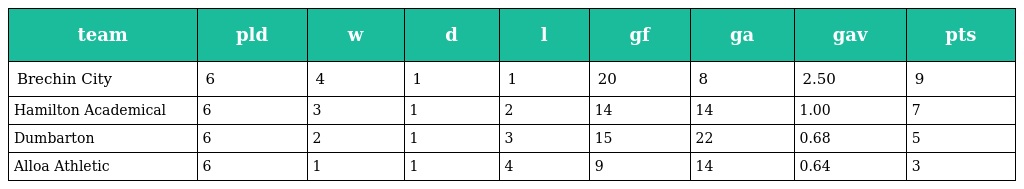
| team | pld | w | d | l | gf | ga | gav | pts |
 | --- | --- | --- | --- | --- | --- | --- | --- | --- |
 | Brechin City | 6 | 4 | 1 | 1 | 20 | 8 | 2.50 | 9 |
 | Hamilton Academical | 6 | 3 | 1 | 2 | 14 | 14 | 1.00 | 7 |
 | Dumbarton | 6 | 2 | 1 | 3 | 15 | 22 | 0.68 | 5 |
 | Alloa Athletic | 6 | 1 | 1 | 4 | 9 | 14 | 0.64 | 3 |